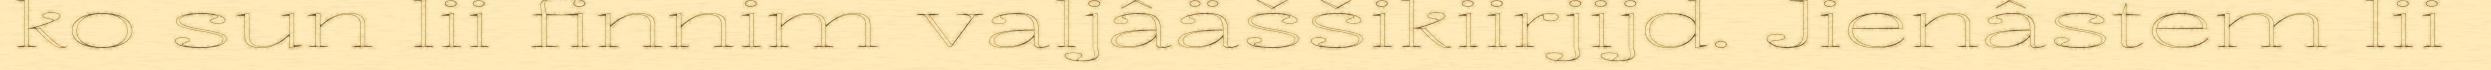
ko sun lii finnim valjâäššikiirjijd. Jienâstem lii